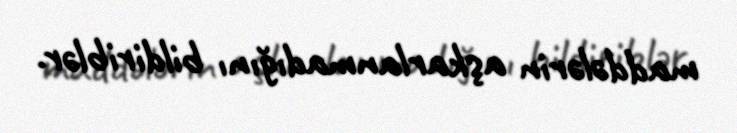
maddələrin aşkarlanmadığını bildiriblər.